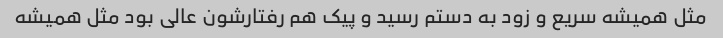
مثل همیشه سریع و زود به دستم رسید و پیک هم رفتارشون عالی بود مثل همیشه